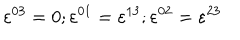
\varepsilon ^ { 0 3 } = 0 ; \varepsilon ^ { 0 1 } = \varepsilon ^ { 1 3 } ; \varepsilon ^ { 0 2 } = \varepsilon ^ { 2 3 }